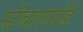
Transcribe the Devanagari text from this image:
स्टॅबलफ़ॉर्ड